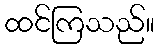
ထင်ကြသည်။